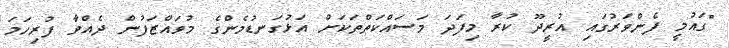
"ގައުމީ ފެންވަރުގައި އުރީދޫ ކުރާ މިފަދަ މަސައްކަތްތަކަށް އަޅުގަނޑުމެންގެ މުވައްޒަފުން ދެެއްވާ ފުރިހަމަ